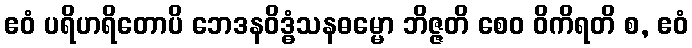
ဧဝံ ပရိဟရိတောပိ ဘေဒနဝိဒ္ဓံသနဓမ္မော ဘိဇ္ဇတိ စေဝ ဝိကိရတိ စ, ဧဝံ